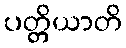
ပတ္တိယာတိ